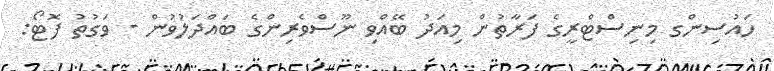
ހައުސިންގ މިނިސްޓްރީގެ ފަރާތުން މިއަދު ބޭއްވި ނޫސްވެރިންގެ ބައްދަލުވުން - ވަގުތު ފޮޓޯ: